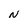
Character: N